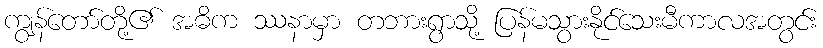
ကျွန်တော်တို့၏ အဓိက ဿနာမှာ တဘားရွာသို့ ပြန်မသွားနိုင်သေးမီကာလအတွင်း